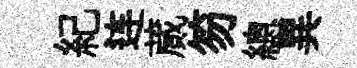
紀连蕆笏總異